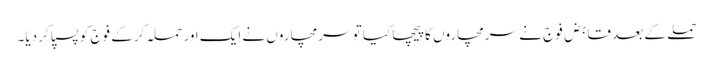
حملے کے بعد قابض فوج نے سرمچاروں کا پیچھا کیا تو سرمچاروں نے ایک اور حملہ کرکے فوج کو پسپا کر دیا۔